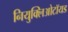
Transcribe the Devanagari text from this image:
नियुक्लिओटॉयड